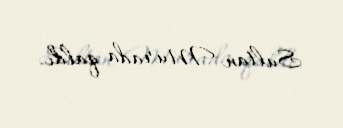
Sultan Murada qaldı.